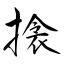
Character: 搇